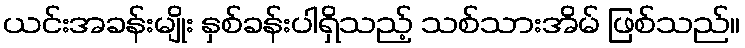
ယင်းအခန်းမျိုး နှစ်ခန်းပါရှိသည့် သစ်သားအိမ် ဖြစ်သည်။